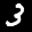
Label: 3